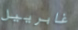
غابرييل